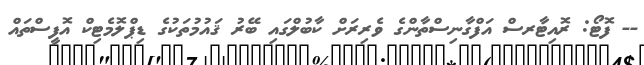
-- ފޮޓޯ: ރޮއިޓާރސް އަފްގާނިސްތާންގެ ވެރިރަށް ކާބުލްގައި ބޭރު ޤައުމުތަކުގެ ޑިޕްލޮމެޓިކް އޮފީސްތައް